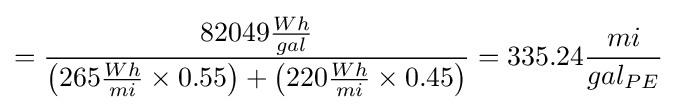
={\frac {82049{\frac {Wh}{gal}}}{\left(265{\frac {Wh}{mi}}\times 0.55\right)+\left(220{\frac {Wh}{mi}}\times 0.45\right)}}=335.24{\frac {mi}{gal_{PE}}}